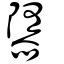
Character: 隳